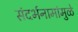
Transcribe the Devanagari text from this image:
संदर्भनामांमुळे